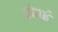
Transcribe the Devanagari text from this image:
ब्रोवर्ड